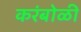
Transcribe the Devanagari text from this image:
करंबोळी